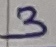
Text: 3